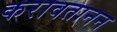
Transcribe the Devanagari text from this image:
करावतानन